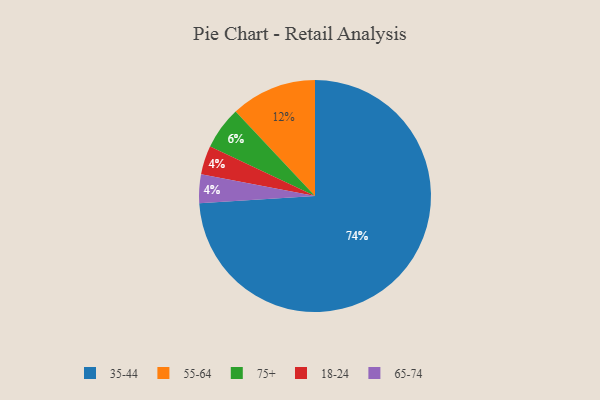
{"axis": {"x": "Category", "y": "Percentage"}, "legend": ["18-24", "35-44", "55-64", "65-74", "75+"], "data": [{"x": "75+", "y": 6, "type": "75+"}, {"x": "18-24", "y": 4, "type": "18-24"}, {"x": "65-74", "y": 4, "type": "65-74"}, {"x": "55-64", "y": 12, "type": "55-64"}, {"x": "35-44", "y": 74, "type": "35-44"}]}